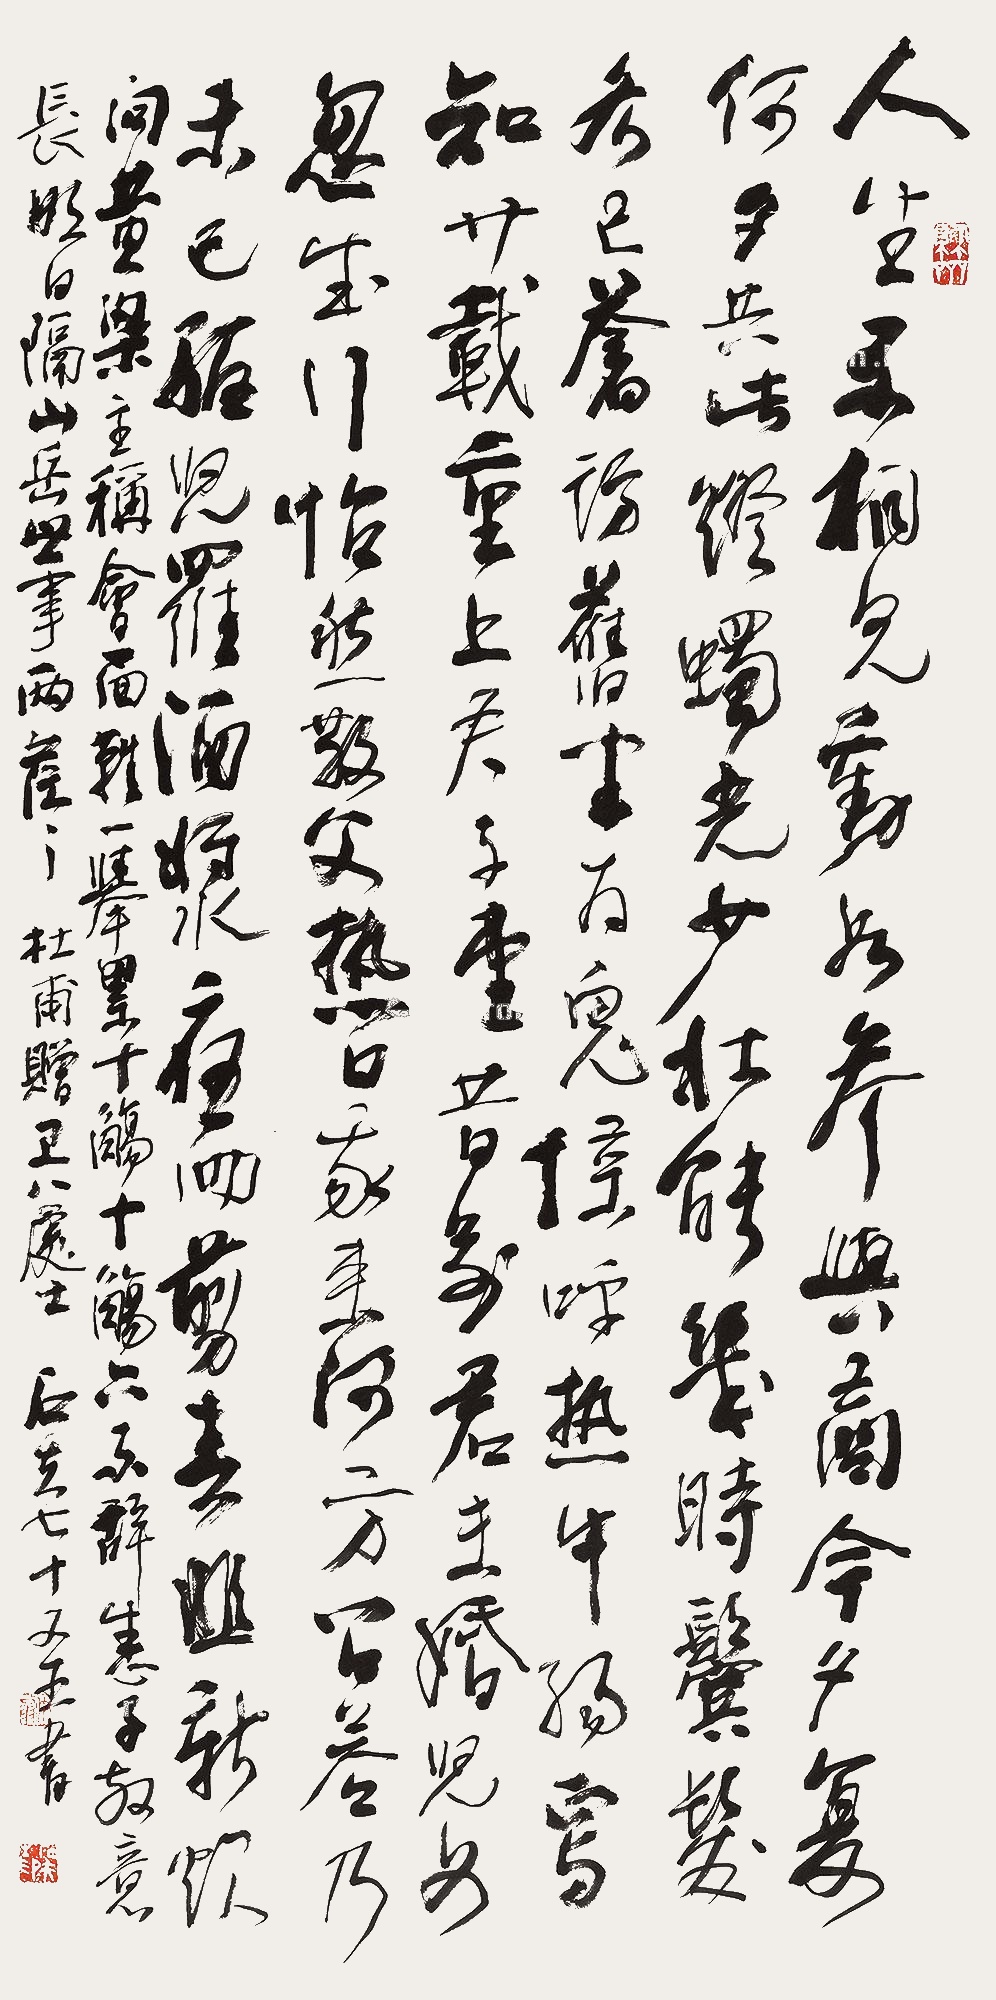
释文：人生不相见，动如参与商。今夕复何夕，共此灯烛光。少壮能几时，鬓发各已苍。访旧半为鬼，惊呼热中肠。焉知二十载，重上君子堂。昔别君未婚，儿女忽成行。怡然敬父执，问我来何方。问答乃未已，驱儿罗酒浆。夜雨翦春韭，新炊间黄粱。主称会面难，一举累十觞。十觞亦不醉，感子故意长。明日隔山岳，世事两茫茫。杜甫《赠卫八处士》。石夫七十又五书。